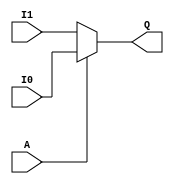
`timescale 1ns / 1ps
//////////////////////////////////////////////////////////////////////////////////
// Company: 
// Engineer: 
// 
// Design Name: 
// Module Name: Example01
// Project Name: 
// Target Devices: 
// Tool Versions: 
// Description: 
// 
// Dependencies: 
// 
// Revision:
// Revision 0.01 - File Created
// Additional Comments:
// 
//////////////////////////////////////////////////////////////////////////////////


module Example01(Q, A, I1, I0);

// direction and size of ports
input wire A, I1, I0;
output reg Q;

// logic description
always@(A, I1, I0)  // sensitivity list 
begin
    if (A == 0)
        Q = I1; 
    else if (A == 1)
        Q = I0;
    else 
        Q = 1'bz;     
end 

endmodule